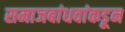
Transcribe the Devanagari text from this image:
समाजबांधवांकडून